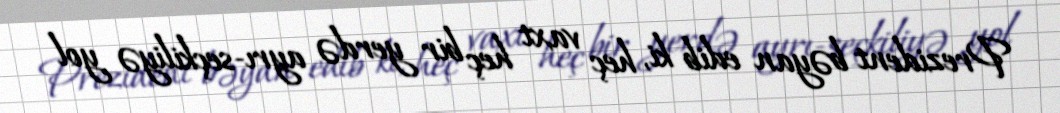
Prezident bəyan edib ki, heç vaxt heç bir yerdə ayrı-seçkiliyə yol